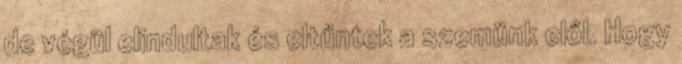
de végül elindultak és eltűntek a szemünk elől. Hogy